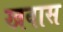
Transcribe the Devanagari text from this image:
खवास